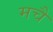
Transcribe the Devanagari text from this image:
मचै